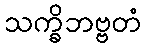
သက္ခိဘဗ္ဗတံ